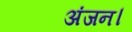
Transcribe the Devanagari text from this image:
अंजन।